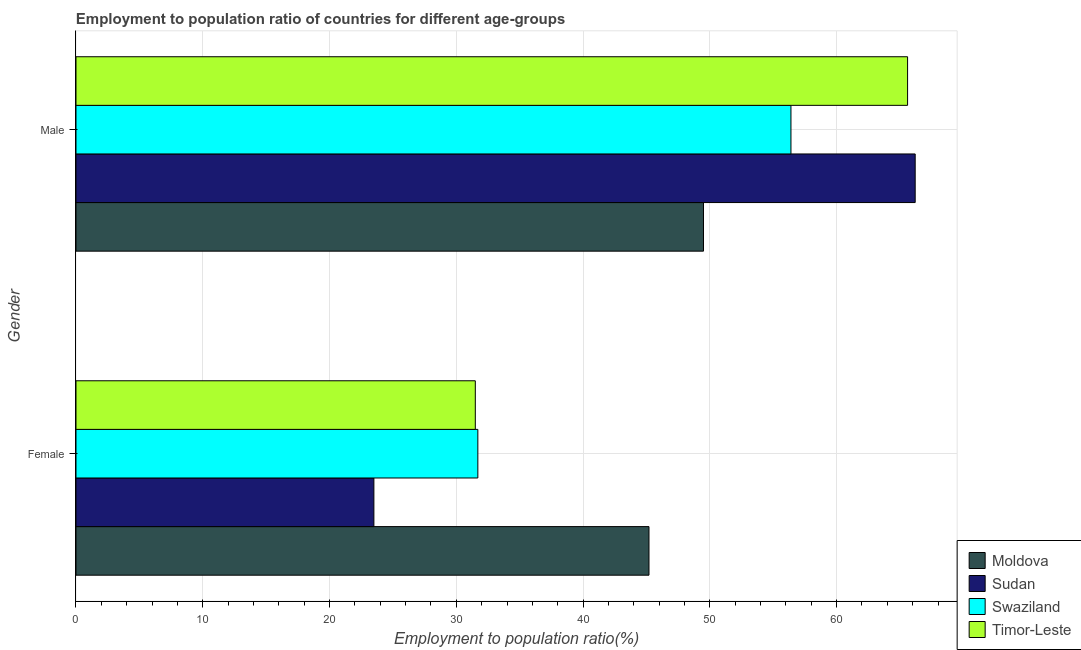
| Gender | Moldova | Sudan | Swaziland | Timor-Leste |
 | --- | --- | --- | --- | --- |
 | Female | 45.2 | 23.5 | 31.7 | 31.5 |
 | Male | 49.5 | 66.2 | 56.4 | 65.6 |